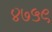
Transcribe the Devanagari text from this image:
४७५९